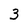
Character: 3